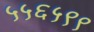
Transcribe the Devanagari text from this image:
५५६५९९